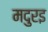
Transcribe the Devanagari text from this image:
मदुरइ